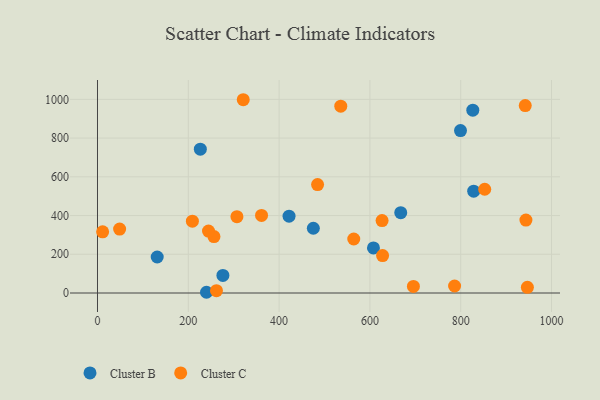
{"axis": {"x": "Experience", "y": "Sales"}, "legend": ["Cluster B", "Cluster C"], "data": [{"x": "475.4", "y": 334.4, "type": "Cluster B"}, {"x": "226.5", "y": 742.5, "type": "Cluster B"}, {"x": "667.9", "y": 415.1, "type": "Cluster B"}, {"x": "421.9", "y": 397.0, "type": "Cluster B"}, {"x": "799.5", "y": 838.7, "type": "Cluster B"}, {"x": "607.8", "y": 232.7, "type": "Cluster B"}, {"x": "240.1", "y": 3.8, "type": "Cluster B"}, {"x": "276.2", "y": 90.8, "type": "Cluster B"}, {"x": "828.6", "y": 526.1, "type": "Cluster B"}, {"x": "826.6", "y": 944.2, "type": "Cluster B"}, {"x": "131.5", "y": 186.0, "type": "Cluster B"}, {"x": "564.4", "y": 279.0, "type": "Cluster C"}, {"x": "852.8", "y": 535.7, "type": "Cluster C"}, {"x": "256.5", "y": 291.5, "type": "Cluster C"}, {"x": "786.5", "y": 36.2, "type": "Cluster C"}, {"x": "244.5", "y": 320.0, "type": "Cluster C"}, {"x": "484.7", "y": 560.1, "type": "Cluster C"}, {"x": "209.0", "y": 370.8, "type": "Cluster C"}, {"x": "627.9", "y": 193.4, "type": "Cluster C"}, {"x": "942.1", "y": 968.0, "type": "Cluster C"}, {"x": "943.6", "y": 376.5, "type": "Cluster C"}, {"x": "946.8", "y": 29.2, "type": "Cluster C"}, {"x": "307.1", "y": 394.1, "type": "Cluster C"}, {"x": "626.8", "y": 374.2, "type": "Cluster C"}, {"x": "48.7", "y": 329.9, "type": "Cluster C"}, {"x": "695.8", "y": 33.9, "type": "Cluster C"}, {"x": "321.0", "y": 998.1, "type": "Cluster C"}, {"x": "361.3", "y": 400.6, "type": "Cluster C"}, {"x": "11.3", "y": 316.1, "type": "Cluster C"}, {"x": "535.8", "y": 964.8, "type": "Cluster C"}, {"x": "262.0", "y": 12.2, "type": "Cluster C"}]}